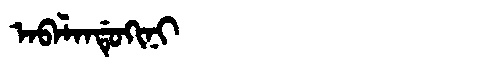
Manchu: ᠠᠪᠠᠯᠠᠨᡩᡠᡴᡳᠨᡳ
Romanization: ABALANDUKINI